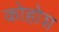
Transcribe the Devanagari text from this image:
कोहोश